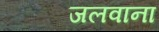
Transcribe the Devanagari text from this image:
जलवाना